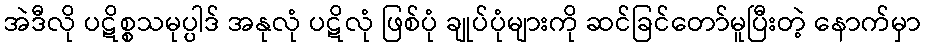
အဲဒီလို ပဋိစ္စသမုပ္ပါဒ် အနုလုံ ပဋိလုံ ဖြစ်ပုံ ချုပ်ပုံများကို ဆင်ခြင်တော်မူပြီးတဲ့ နောက်မှာ